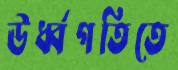
ঊর্ধ্বগতিতে